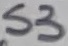
Text: S3